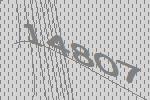
14807